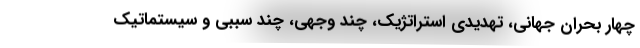
چهار بحران جهانی، تهدیدی استراتژیک، چند وجهی، چند سببی و سیستماتیک